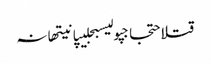
قتلاحتجاجپولیسبجلیپانیتھانہ